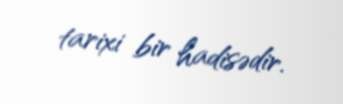
tarixi bir hadisədir.